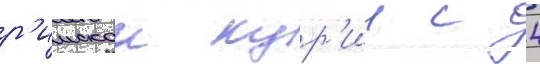
р'имскои кур'ии с 4